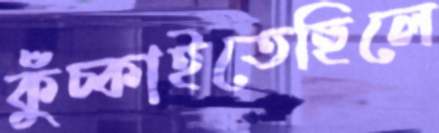
কুঁচ্‌কাইতেছিলে